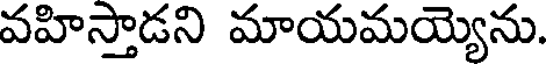
వహిస్తాడని మాయమయ్యెను.